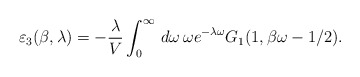
\begin{align*}\varepsilon_{3}(\beta,\lambda)=-\frac{\lambda}{V}\int_{0}^{\infty}\,d\omega\,\omega e^{-\lambda\omega}G_{1}(1,\beta\omega-1/2).\end{align*}